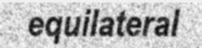
equilateral